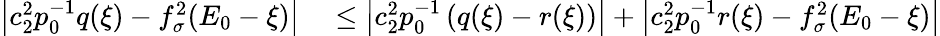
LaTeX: \begin{array}{rl}{\left|c_{2}^{2}p_{0}^{-1}q(\xi)-f_{\sigma}^{2}(E_{0}-\xi)\right|}&{{}\le\left|c_{2}^{2}p_{0}^{-1}\left(q(\xi)-r(\xi)\right)\right|+\left|c_{2}^{2}p_{0}^{-1}r(\xi)-f_{\sigma}^{2}(E_{0}-\xi)\right|}\end{array}